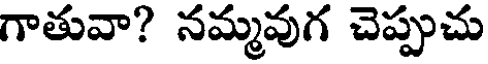
గాతువా? నమ్మవుగ చెప్పుచు